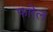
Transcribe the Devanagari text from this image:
फारेल